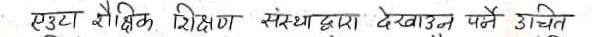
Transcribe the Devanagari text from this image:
एउटा शैक्षिक शिक्षण संस्थाद्वारा देखाउन पर्ने उचित